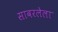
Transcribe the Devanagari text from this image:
सावरलेला